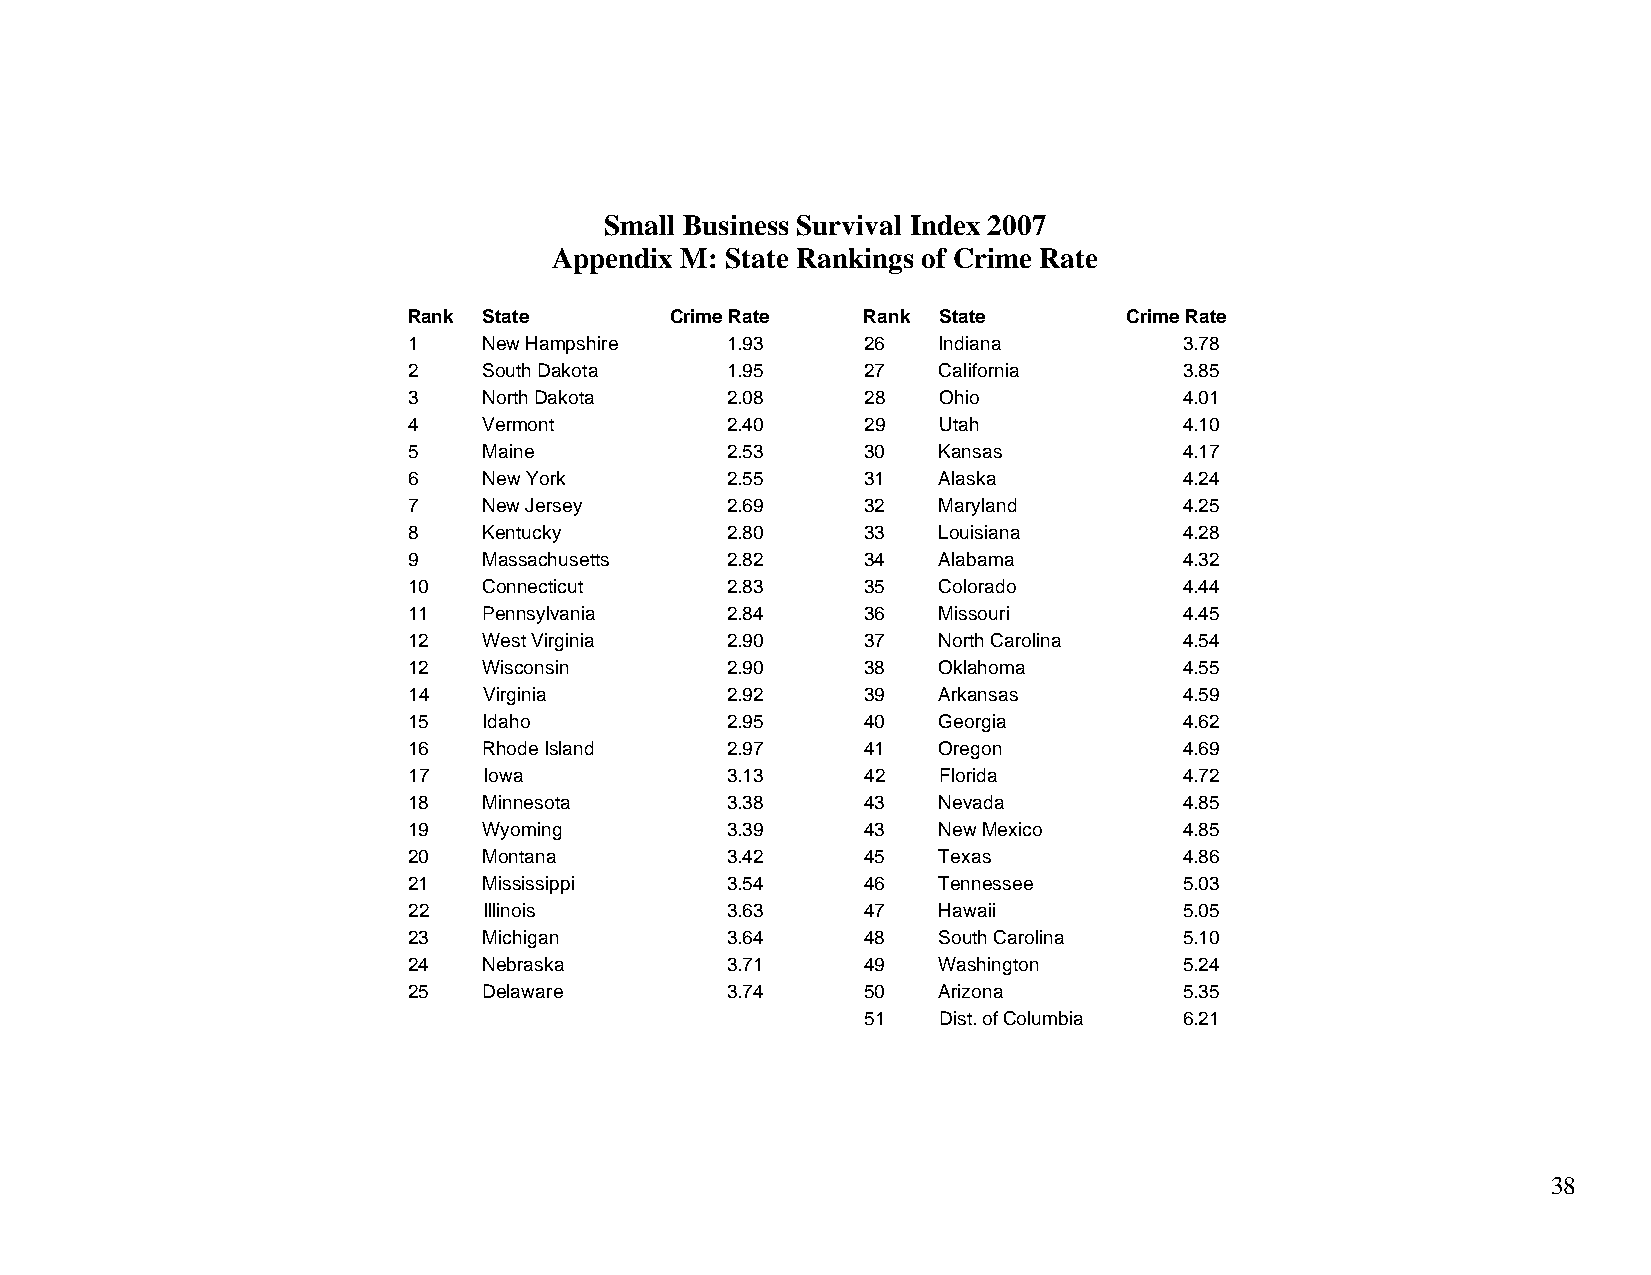
Small Business Survival Index 2007
 Appendix M: State Rankings of Crime Rate
 Rank State       Crime Rate   Rank State        Crime Rate
 1    New Hampshire   1.93     26   Indiana         3.78
 2    South Dakota    1.95     27   California      3.85
 3    North Dakota    2.08     28   Ohio            4.01
 4    Vermont         2.40     29   Utah            4.10
 5    Maine           2.53     30   Kansas          4.17
 6    New York        2.55     31   Alaska          4.24
 7    New Jersey      2.69     32   Maryland        4.25
 8    Kentucky        2.80     33   Louisiana       4.28
 9    Massachusetts   2.82     34   Alabama         4.32
 10   Connecticut     2.83     35   Colorado        4.44
 11   Pennsylvania    2.84     36   Missouri        4.45
 12   West Virginia   2.90     37   North Carolina  4.54
 12   Wisconsin       2.90     38   Oklahoma        4.55
 14   Virginia        2.92     39   Arkansas        4.59
 15   Idaho           2.95     40   Georgia         4.62
 16   Rhode Island    2.97     41   Oregon          4.69
 17   Iowa            3.13     42   Florida         4.72
 18   Minnesota       3.38     43   Nevada          4.85
 19   Wyoming         3.39     43   New Mexico      4.85
 20   Montana         3.42     45   Texas           4.86
 21   Mississippi     3.54     46   Tennessee       5.03
 22   Illinois        3.63     47   Hawaii          5.05
 23   Michigan        3.64     48   South Carolina  5.10
 24   Nebraska        3.71     49   Washington      5.24
 25   Delaware        3.74     50   Arizona         5.35
 51   Dist. of Columbia 6.21
 38